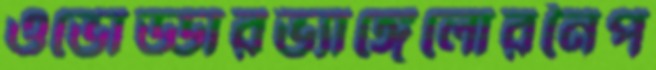
ওভোড্ডারভ্যাঙ্গেলোরনৈপ